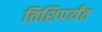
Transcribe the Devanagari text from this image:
तिशिपर्यंत